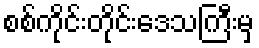
စစ်ကိုင်းတိုင်းဒေသကြီးမှ